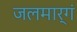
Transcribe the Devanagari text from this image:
जलमार्गं